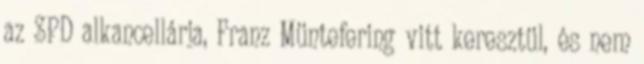
az SPD alkancellárja, Franz Müntefering vitt keresztül, és nem